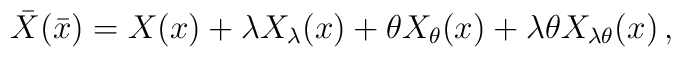
\bar{X}(\bar{x})=X(x)+\lambda X_{\lambda}(x)+\theta X_{\theta}(x)+\lambda\theta X_{\lambda\theta}(x) \, ,